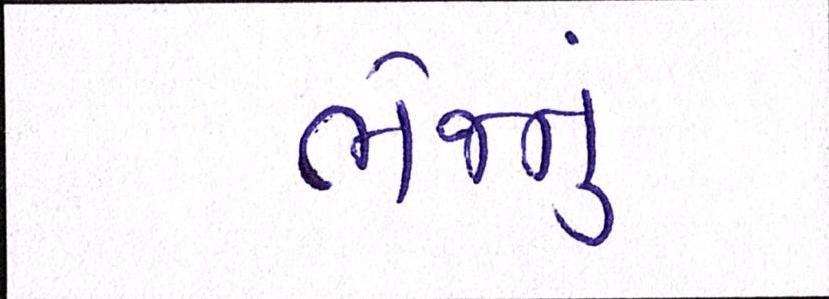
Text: ભેજનું